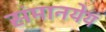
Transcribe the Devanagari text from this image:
संमानयेयं